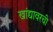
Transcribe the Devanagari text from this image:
खांद्यावरची